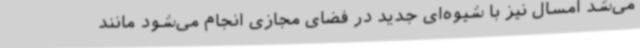
می‌شد امسال نیز با شیوه‌ای جدید در فضای مجازی انجام می‌شود مانند